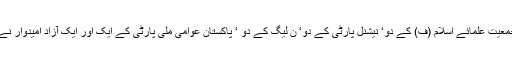
بلوچستان سے ہی اقلیتی نشست پر جمعیت علمائے اسلام (ف) کے دو‘ نیشنل پارٹی کے دو‘ ن لیگ کے دو ‘ پاکستان عوامی ملی پارٹی کے ایک اور ایک آزاد امیدوار نے کاغذات نامزدگی جمع کرائے ہیں۔